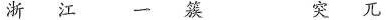
浙江 一簇 突兀